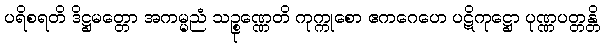
ပရိစရတိ ဒိဋ္ဌမတ္တော အကမ္မညံ သဉ္စုဏ္ဏေတိ ကုက္ကုစော ဧကဂေဟေ ပဋိကုဋ္ဌော ပုဏ္ဏပတ္တန္တိ